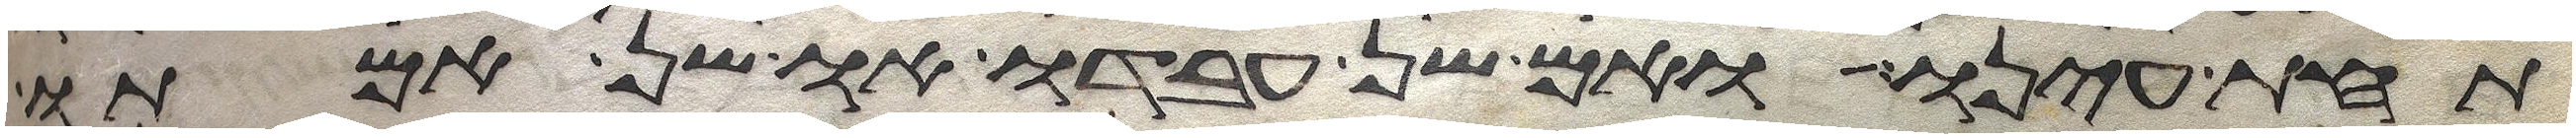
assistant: תחת עינו ואם שן עבדו או שן אמתו